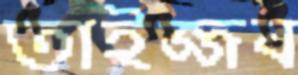
তাইজ্জব